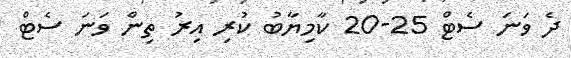
ދެ ވަނަ ސެޓް 25-20 ކާމިޔާބު ކުރި އިރު ތިން ވަނަ ސެޓް